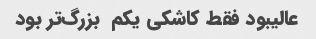
عالیبود فقط کاشکی یکم  بزرگ‌تر بود